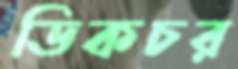
ডিকচর